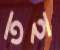
তহ